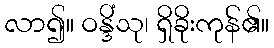
လာ၍။ ဝန္ဒိံသု၊ ရှိခိုးကုန်၏။